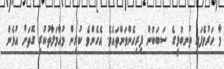
މާ ހަރުވެފައި ތުނބުޅީގެ ސަބަބުން ފިރިހެންވަންތައެވެ. އެހެންވެ ކުރިން މުއާމަލާތުކުރި ގޮތަށް އުޅެން